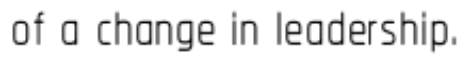
of a change in leadership.